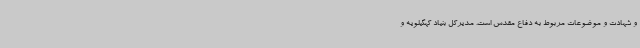
و شهادت و موضوعات مربوط به دفاع مقدس است. مدیرکل بنیاد کهگیلویه و